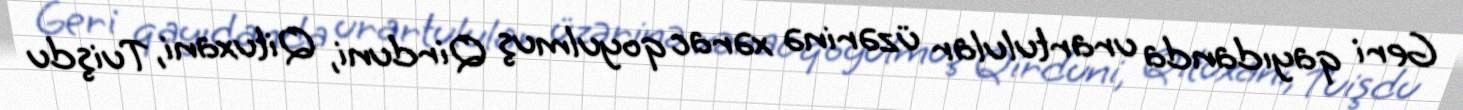
Geri qayıdanda urartulular üzərinə xərac qoyulmuş Qirduni, Qituxani, Tuişdu